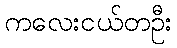
ကလေးငယ်တဦး